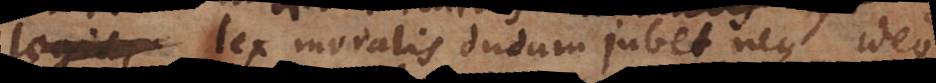
legis, lex moralis dudum jubet neque ideo